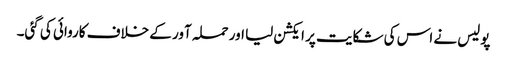
پولیس نے اس کی شکایت پر ایکشن لیا اور حملہ آور کے خلاف کاروائی کی گئی۔